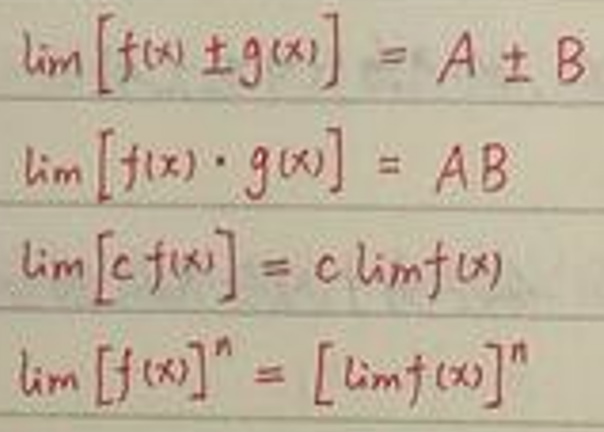
\[
\begin{align*}
\lim [f(x)\pm g(x)]&=A\pm B\\
\lim [f(x)\cdot g(x)]&=AB\\
\lim [cf(x)]&=c\lim f(x)\\
\lim [f(x)]^n&=[\lim f(x)]^n
\end{align*}
\]